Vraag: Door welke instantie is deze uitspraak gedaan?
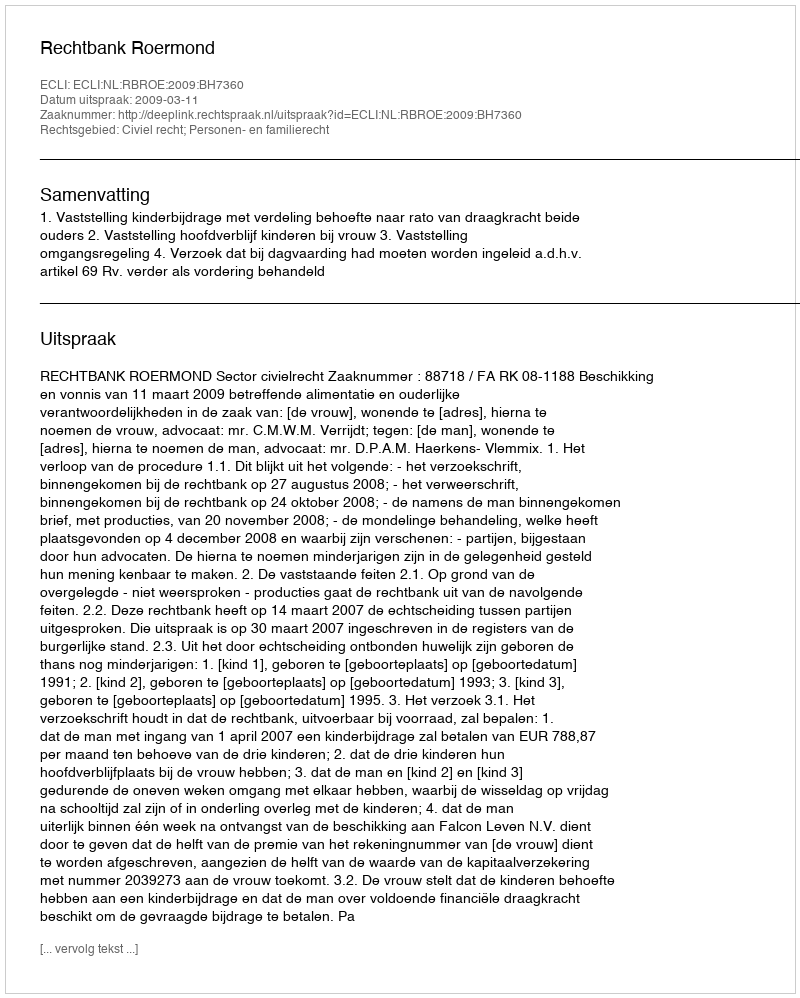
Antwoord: Rechtbank Roermond